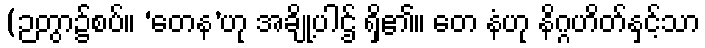
(ဉတွာ၌စပ်။ ‘တေန’ဟု အချို့ပါဌ် ရှိ၏။ တေ နံဟု နိဂ္ဂဟိတ်နှင့်သာ